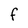
Character: F